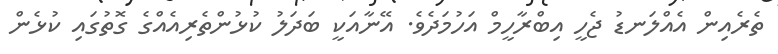
ތެރެއިން އެއްލަނޑު ޖެހީ އިބްރާހީމް އަހުމަދެވެ. އޭނާއަކީ ބަދަލު ކުޅުންތެރިއެއްގެ ގޮތުގައި ކުޅެން